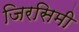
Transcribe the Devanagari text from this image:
जिरसिमी